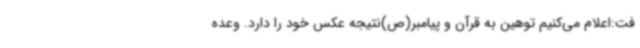
فت:اعلام می‌کنیم توهین به قرآن و پیامبر(ص)نتیجه عکس خود را دارد. وعده